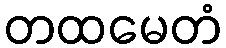
တထမေတံ